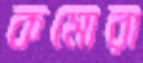
কমোরা